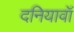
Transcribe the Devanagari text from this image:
दनियावॉ